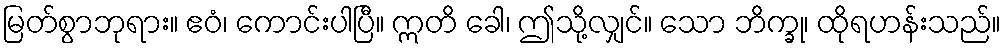
မြတ်စွာဘုရား။ ဧဝံ၊ ကောင်းပါပြီ။ ဣတိ ခေါ၊ ဤသို့လျှင်။ သော ဘိက္ခု၊ ထိုရဟန်းသည်။